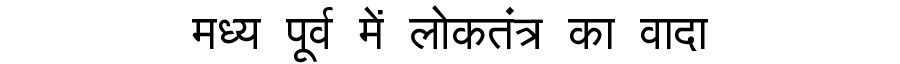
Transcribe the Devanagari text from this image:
मध्य पूर्व में लोकतंत्र का वादा